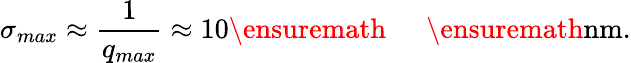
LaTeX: \sigma_{max}\approx\frac{1}{q_{max}}\approx 10\ensuremath{\mathrm{~\textrm~{~\, ~}~}}\ensuremath{\mathrm{nm}}.